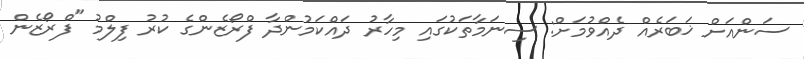
ސަންއަށް ޚަބަރެއް ދެއްވުމަށް: ސިނަމާތަކުގައި މިހާރު ދައްކަމުންދާ ފްރޯޒެންގެ ކުރު ފިލްމު "ފްރޯޒެން